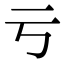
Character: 亏